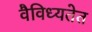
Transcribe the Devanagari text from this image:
वैविध्यतेत